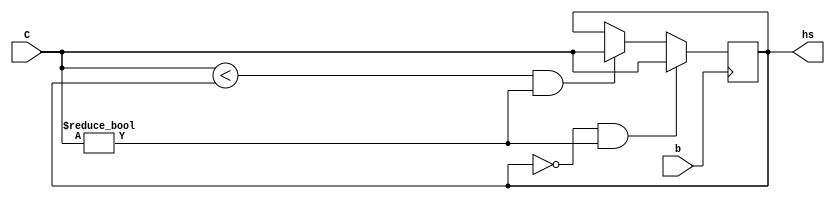
module HighScore(b,C,hs);
	input b;
	input [23:0]C;
	output reg [23:0]hs;
	//Declare inputs and outputs.
	
	always@(negedge b) begin
		if (hs == 0 && C != 0)
			hs = C;
		//If there is no stored highscore,
		//place any score except 0.
		
		else begin
			if(C < hs && C != 0)
				hs[23:0] = C[23:0];
			//If the new score is less than the
			//current highscore, make it the new
			//highscore.
		
			else
				hs[23:0] = hs[23:0];
			//Otherwise, the highscore value remains.
		end
	end
	
	
endmodule